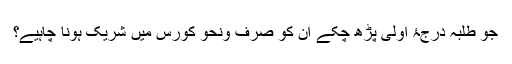
جو طلبہ درجۂ اولیٰ پڑھ چکے ان کو صرف ونحو کورس میں شریک ہونا چاہیے؟